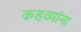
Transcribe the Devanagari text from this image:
कडव्यांना